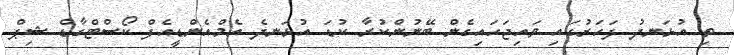
ތި އުޅަނދު ފަހަރުގައި ވައިޖަހައިގެން ބޭނުންކުރާ ކުޑަ އުޅަނދެ އެމްއެންޑީއެފް ކޯސްޓްގާޑް ޝިޕް